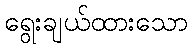
ရွေးချယ်ထားသော